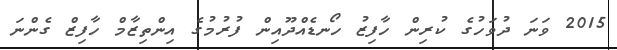
2015 ވަނަ ދުވަހުގެ ކުރިން ހާފިޒު ހޯނޑެއްދޫއިން ފުރުމުގެ އިންތިޒާމް ހާފިޒް ގެންނަ